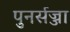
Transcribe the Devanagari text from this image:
पुनर्सज्जा